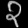
Digit: ၃